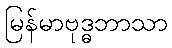
မြန်မာဗုဒ္ဓဘာသာ